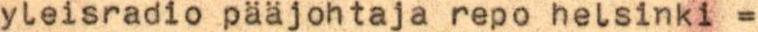
yleisradio pääjohtaja repo helsinki =